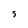
Character: S